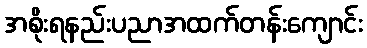
အစိုးရနည်းပညာအထက်တန်းကျောင်း